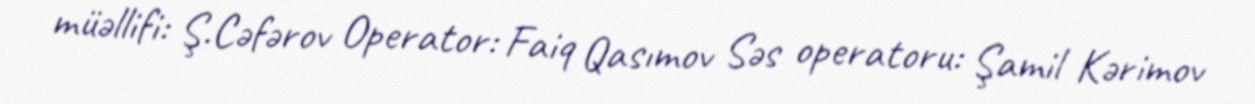
müəllifi: Ş.Cəfərov Operator: Faiq Qasımov Səs operatoru: Şamil Kərimov